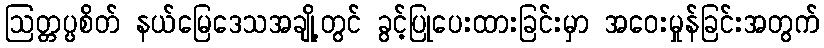
ဩတ္တပ္ပစိတ် နယ်မြေဒေသအချို့တွင် ခွင့်ပြုပေးထားခြင်းမှာ အဝေးမှုန်ခြင်းအတွက်